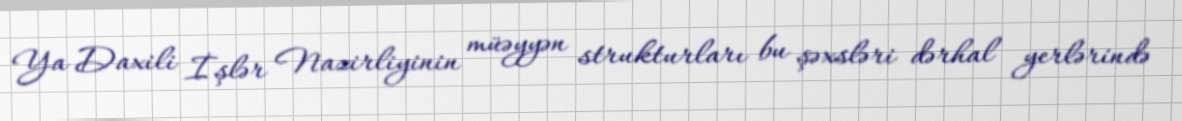
Ya Daxili İşlər Nazirliyinin müəyyən strukturları bu şəxsləri dərhal yerlərində